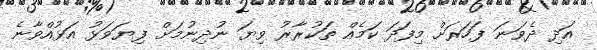
އަދި ދެވަނަ ފަހަރަށް މިފަދަ ކަމެއް ތަކުރާރު ވިޔަ ނުދިނުމަށް ފިޔަވަޅު އަޅުއްވާނެ